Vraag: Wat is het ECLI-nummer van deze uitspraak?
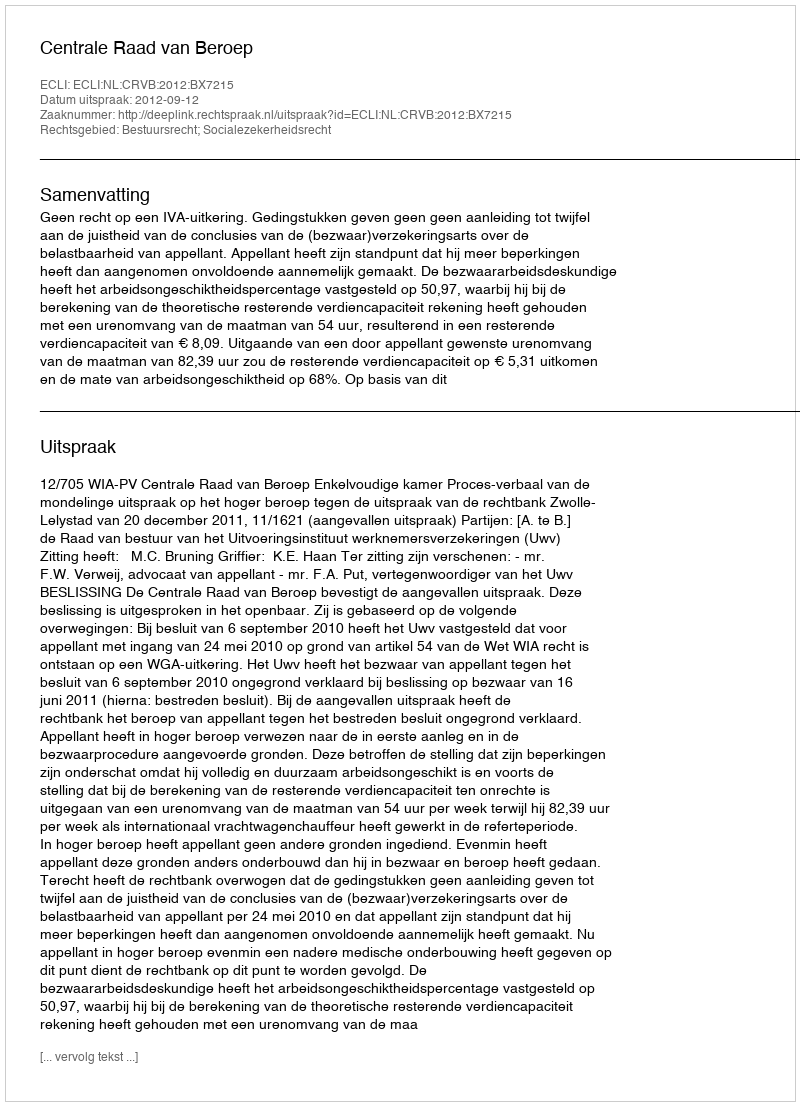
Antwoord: ECLI:NL:CRVB:2012:BX7215